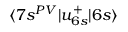
\langle 7 s ^ { P V } | u _ { 6 s } ^ { + } | 6 s \rangle